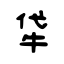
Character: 牮